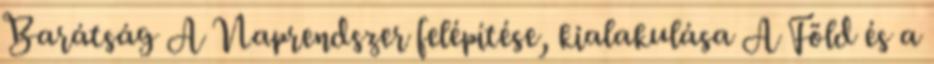
Barátság A Naprendszer felépítése, kialakulása A Föld és a